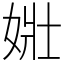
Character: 𡝂